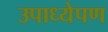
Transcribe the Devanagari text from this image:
उपाध्येपण